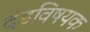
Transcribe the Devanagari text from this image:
दंडविषयक